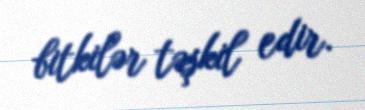
bitkilər təşkil edir.